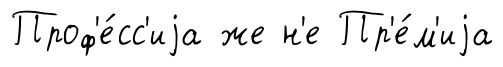
Проф'е́сс'иjа же н'е Пр'е́м'иjа